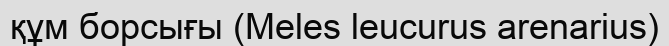
құм борсығы (Meles leucurus arenarius)